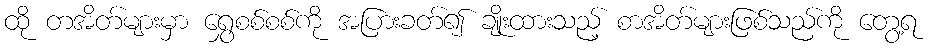
ထို တအိတ်များမှာ ရွှေစစ်စစ်ကို အပြားခတ်၍ ချိုးထားသည့် စာအိတ်များဖြစ်သည်ကို တွေ့ရ